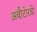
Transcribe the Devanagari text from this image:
अबौटोरबी